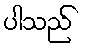
ပါသည်